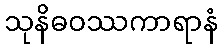
သုနိဓဝဿကာရာနံ